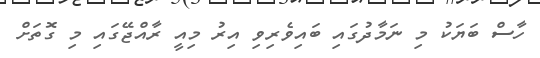
ހާސް ބަޔަކު މި ނަމާދުގައި ބައިވެރިވި އިރު މިއީ ރާއްޖޭގައި މި ގޮތަށް